Scottish Certificate of Education, 1963
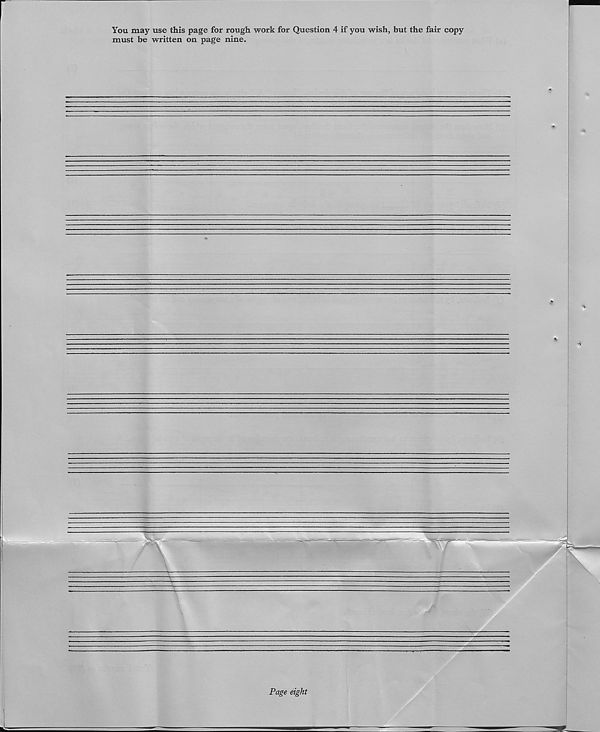
You may use this page for rough work for Question 4 if you wish, but the fair copy
must be written on page nine.